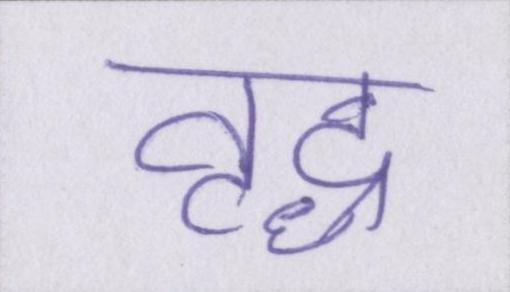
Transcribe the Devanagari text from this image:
वृद्ध